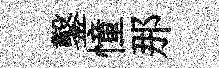
鑿憧那